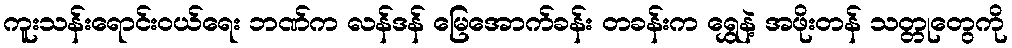
ကူးသန်းရောင်းဝယ်ရေး ဘဏ်က လန်ဒန် မြေအောက်ခန်း တခန်းက ရွှေနဲ့ အဖိုးတန် သတ္တုတွေကို